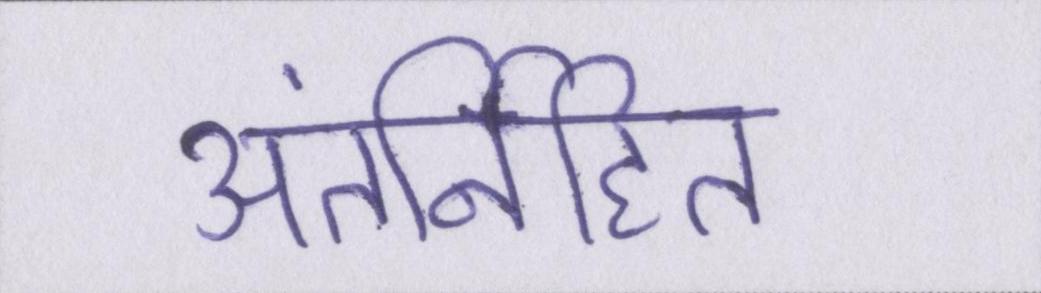
अंतर्निहित